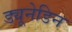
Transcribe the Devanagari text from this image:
ड्यूनेडिन